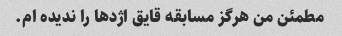
مطمئن من هرگز مسابقه قایق اژدها را ندیده ام.